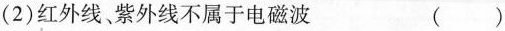
(2)红外线紫外线不属于电磁波 ()